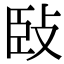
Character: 𢼧